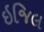
ઇજિલ